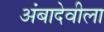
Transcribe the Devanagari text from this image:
अंबादेवीला